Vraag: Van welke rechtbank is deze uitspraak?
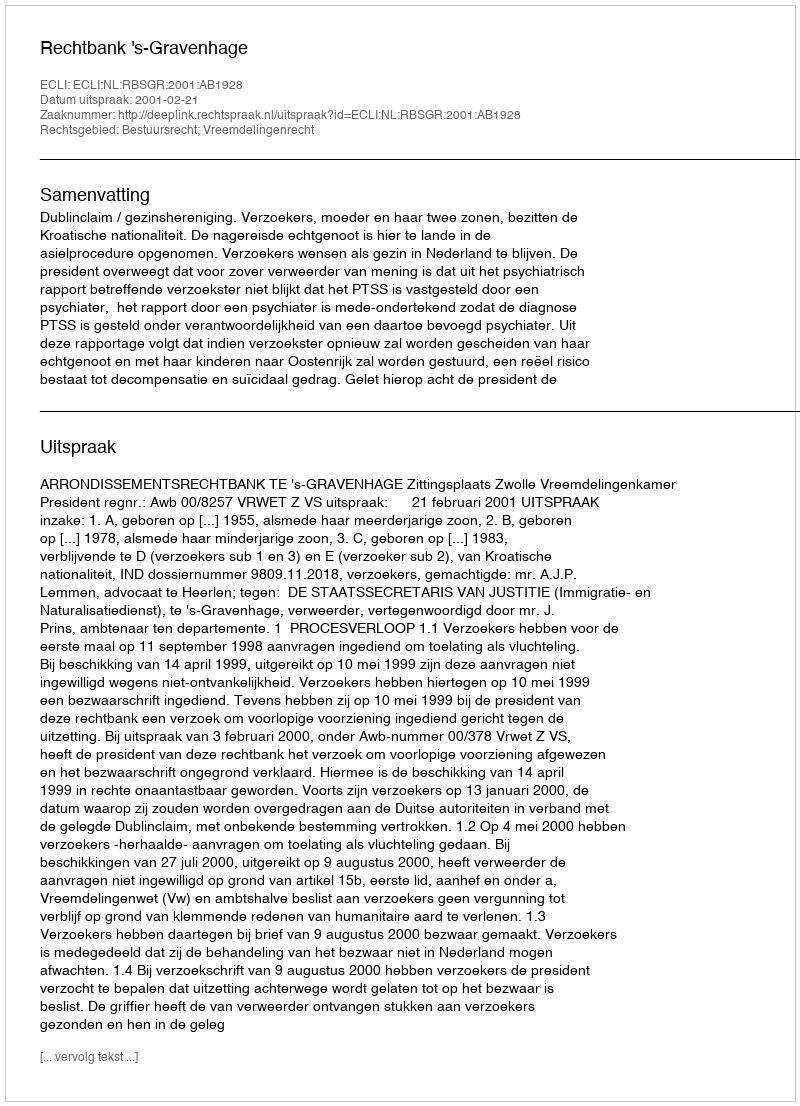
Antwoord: Rechtbank 's-Gravenhage